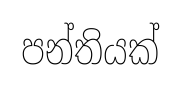
පන්තියක්